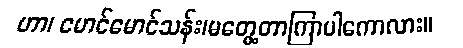
ဟာ၊ မောင်မောင်သန်း၊မတွေ့တာကြာပါကောလား။